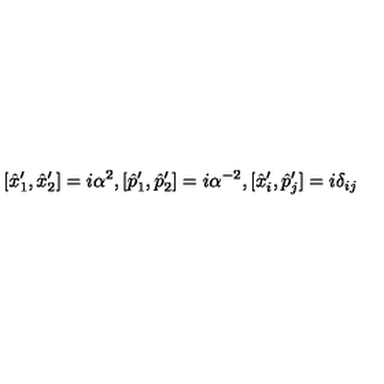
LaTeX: [ \hat { x } _ { 1 } ^ { \prime } , \hat { x } _ { 2 } ^ { \prime } ] = i \alpha ^ { 2 } , [ \hat { p } _ { 1 } ^ { \prime } , \hat { p } _ { 2 } ^ { \prime } ] = i \alpha ^ { - 2 } , [ \hat { x } _ { i } ^ { \prime } , \hat { p } _ { j } ^ { \prime } ] = i \delta _ { i j }